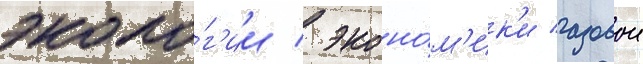
эколо́г'ии / эконо́м'ик'и газовои